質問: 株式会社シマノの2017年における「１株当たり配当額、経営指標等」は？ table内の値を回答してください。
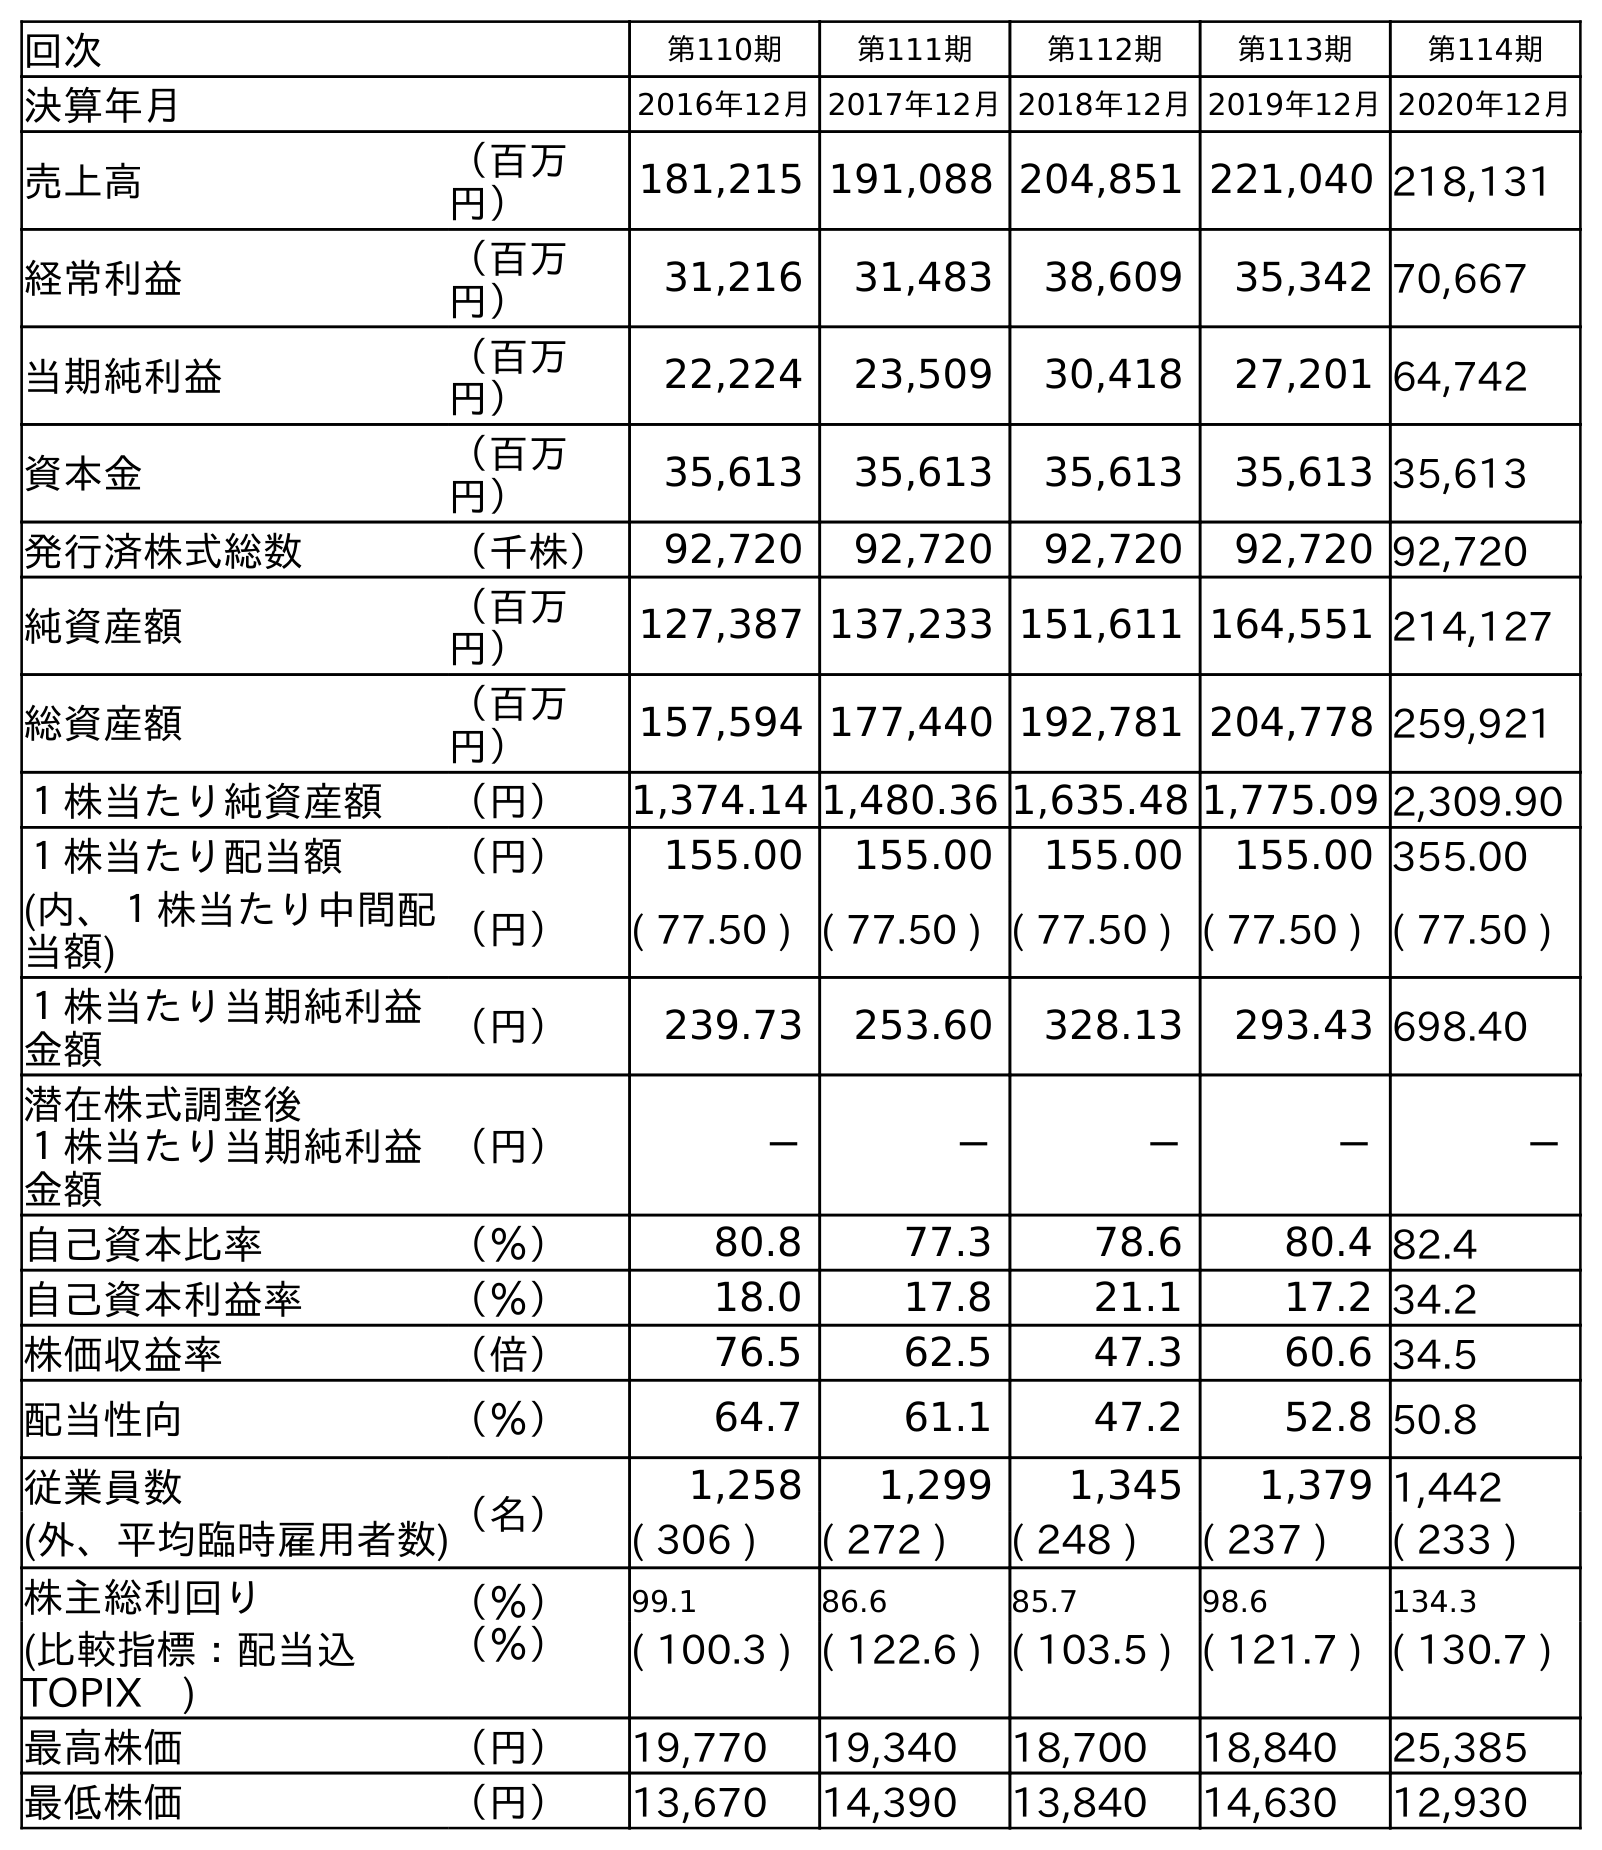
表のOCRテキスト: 回次 第110期 第111期 第112期 第113期 第114期 決算年月 2016年12月2017年12月2018年12月2019年12月2020年12月 売上高 （百万 円） 181,215 191,088 204,851 221,040 218,131 経常利益 （百万 円） 31,216 31,483 38,609 35,342 70,667 当期純利益 （百万 円） 22,224 23,509 30,418 27,201 64,742 資本金 （百万 円） 35,613 35,613 35,613 35,613 35,613 発行済株式総数 （千株） 92,720 92,720 92,720 92,720 92,720 純資産額 （百万 円） 127,387 137,233 151,611 164,551 214,127 総資産額 （百万 円） 157,594 177,440 192,781 204,778 259,921 １株当たり純資産額 （円） 1,374.14 1,480.36 1,635.48 1,775.09 2,309.90 １株当たり配当額 （円） 155.00 155.00 155.00 155.00 355.00 (内、１株当たり中間配 当額) （円） ( 77.50 ) ( 77.50 ) ( 77.50 ) ( 77.50 ) ( 77.50 ) １株当たり当期純利益 金額 （円） 239.73 253.60 328.13 293.43 698.40 潜在株式調整後 １株当たり当期純利益 金額 （円） － － － － － 自己資本比率 （％） 80.8 77.3 78.6 80.4 82.4 自己資本利益率 （％） 18.0 17.8 21.1 17.2 34.2 株価収益率 （倍） 76.5 62.5 47.3 60.6 34.5 配当性向 （％） 64.7 61.1 47.2 52.8 50.8 従業員数 （名） 1,258 1,299 1,345 1,379 1,442 (外、平均臨時雇用者数) ( 306 ) ( 272 ) ( 248 ) ( 237 ) ( 233 ) 株主総利回り （％） 99.1 86.6 85.7 98.6 134.3 (比較指標：配当込 TOPIX ) （％） ( 100.3 ) ( 122.6 ) ( 103.5 ) ( 121.7 ) ( 130.7 ) 最高株価 （円） 19,770 19,340 18,700 18,840 25,385 最低株価 （円） 13,670 14,390 13,840 14,630 12,930
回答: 155.00